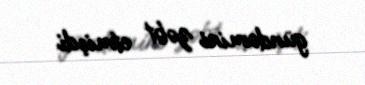
gündəmini zəbt etmişdi.